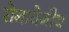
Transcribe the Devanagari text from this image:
रोगावेगीय